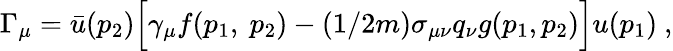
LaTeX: \Gamma_{\mu}=\bar{u}(p_{2})\Big[\gamma_{\mu}f(p_{1},~p_{2})-(1/2m)\sigma_{\mu\nu}q_{\nu}g(p_{1},p_{2})\Big]u(p_{1})~,